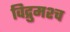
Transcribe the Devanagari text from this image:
विद्रुमश्च